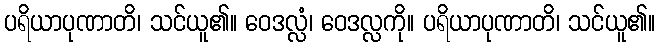
ပရိယာပုဏာတိ၊ သင်ယူ၏။ ဝေဒလ္လံ၊ ဝေဒလ္လကို။ ပရိယာပုဏာတိ၊ သင်ယူ၏။